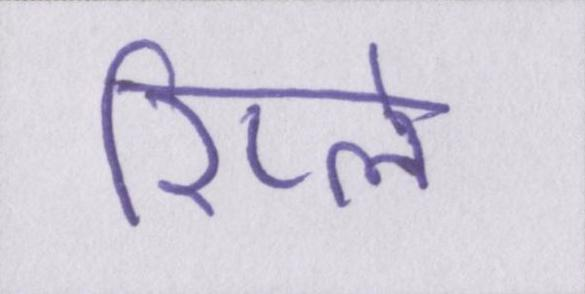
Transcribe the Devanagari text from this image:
रिप्ले